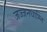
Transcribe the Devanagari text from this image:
जज्जनधाम्नि